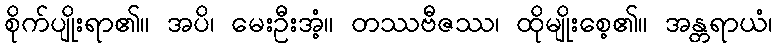
စိုက်ပျိုးရာ၏။ အပိ၊ မေးဦးအံ့။ တဿဗီဇဿ၊ ထိုမျိုးစေ့၏။ အန္တရာယံ၊